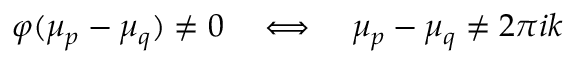
\begin{array} { r } { \varphi ( \mu _ { p } - \mu _ { q } ) \neq 0 \quad \Longleftrightarrow \quad \mu _ { p } - \mu _ { q } \neq 2 \pi i k } \end{array}